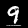
Label: 9